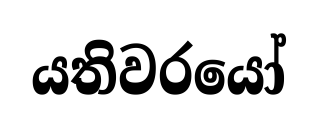
යතිවරයෝ